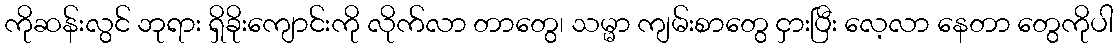
ကိုဆန်းလွင် ဘုရား ရှိခိုးကျောင်းကို လိုက်လာ တာတွေ၊ သမ္မာ ကျမ်းစာတွေ ငှားပြီး လေ့လာ နေတာ တွေကိုပါ